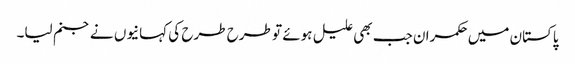
پاکستان میں حکمران جب بھی علیل ہوئے تو طرح طرح کی کہانیوں نے جنم لیا۔